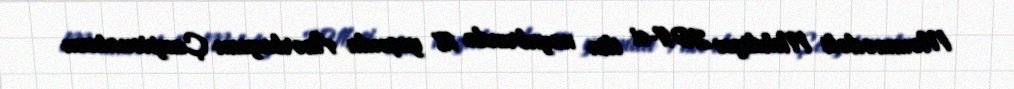
Məmmədəli Mehdiyev 2011-ci ilin noyabrında 18 yaşında Azərbaycan Çempionatının